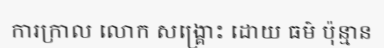
ការក្រាល លោក សង្គ្រោះ ដោយ ធម៌ ប៉ុន្មាន